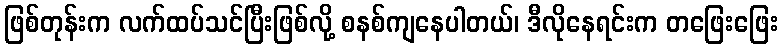
ဖြစ်တုန်းက လက်ထပ်သင်ပြီးဖြစ်လို့ စနစ်ကျနေပါတယ်၊ ဒီလိုနေရင်းက တဖြေးဖြေး